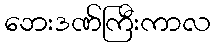
ဘေးဒဏ်ကြီးကာလ